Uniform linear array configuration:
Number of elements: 32
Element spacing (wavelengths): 0.25
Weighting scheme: kaiser
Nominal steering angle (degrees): -45
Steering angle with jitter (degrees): -44.742
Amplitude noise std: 0.05
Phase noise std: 0.05

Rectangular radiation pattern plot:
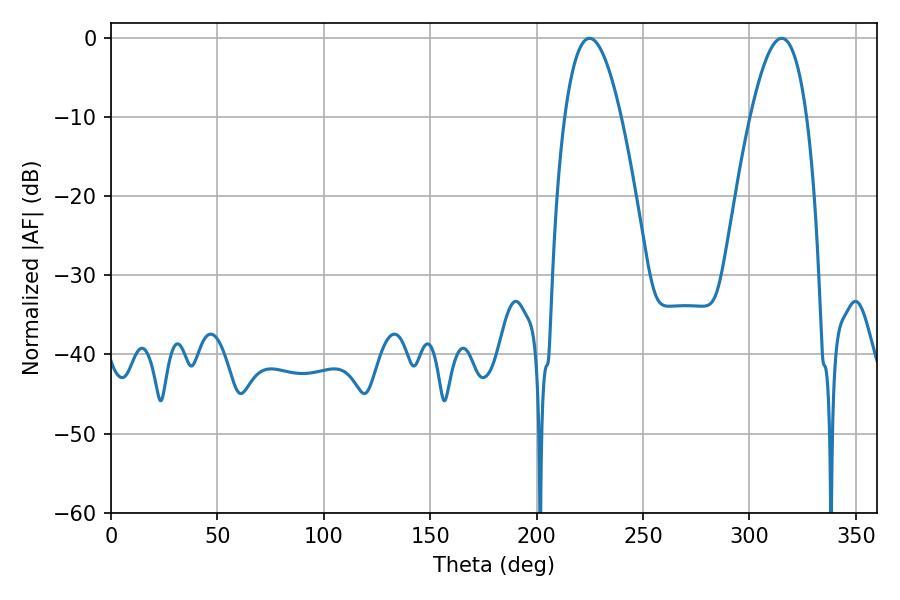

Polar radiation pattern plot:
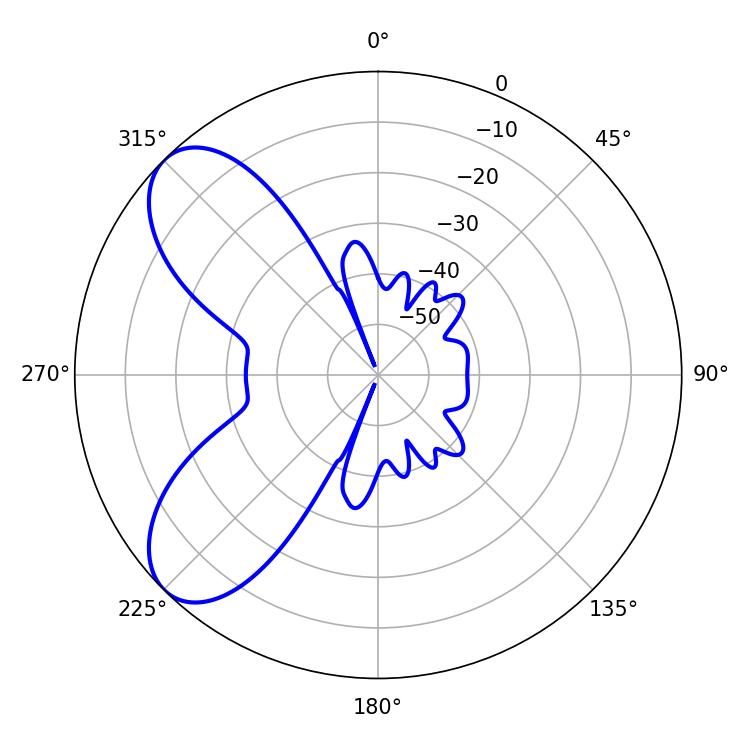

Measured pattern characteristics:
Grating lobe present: FALSE
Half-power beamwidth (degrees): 14.58
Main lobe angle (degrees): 224.82